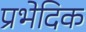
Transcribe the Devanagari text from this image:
प्रभेदिक